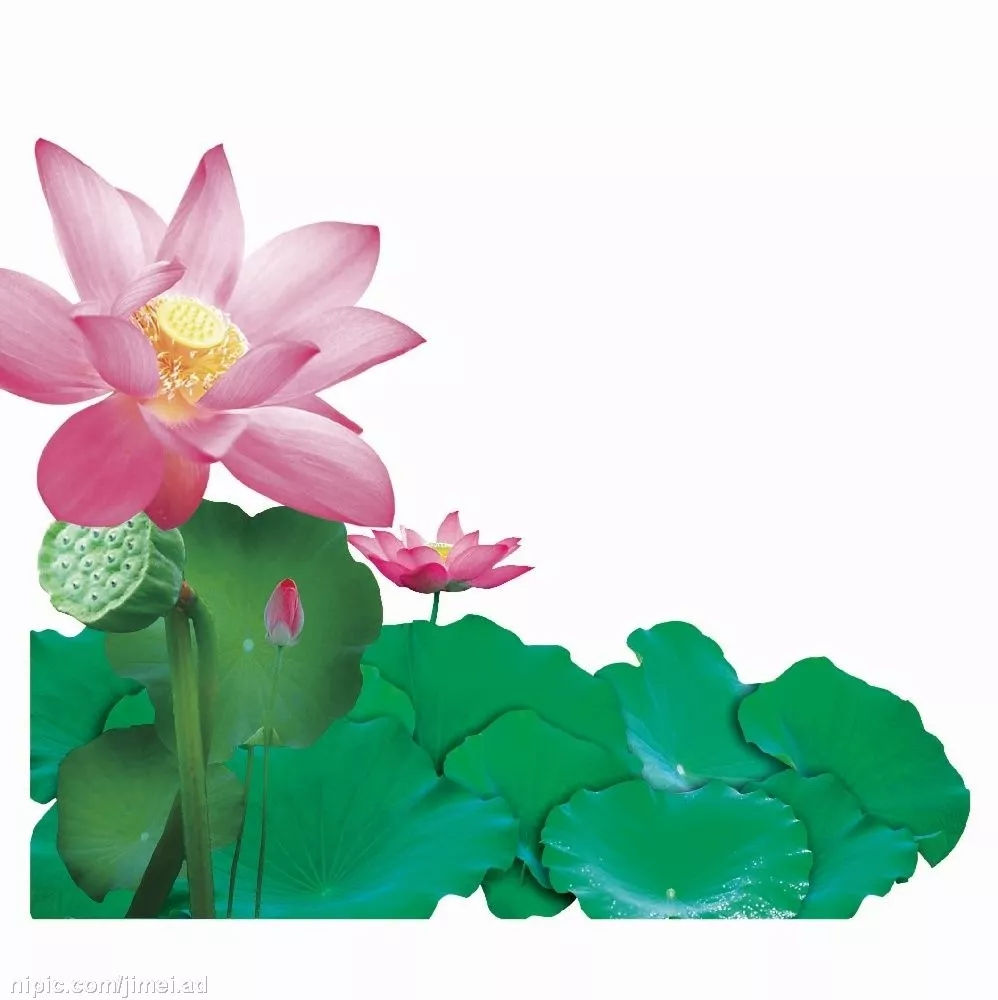
自是荷花开较晚，孤负东风。